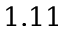
1 . 1 1